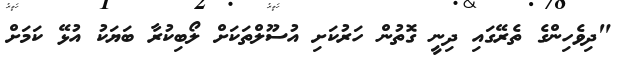
"ދިވެހިންގެ ތެރޭގައި ދިނީ ގޮތުން ހަރުކަށި އުސޫލްތަކަށް ލޯބިކުރާ ބަޔަކު އުޅޭ ކަމަށް